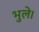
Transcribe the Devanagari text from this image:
भुले।